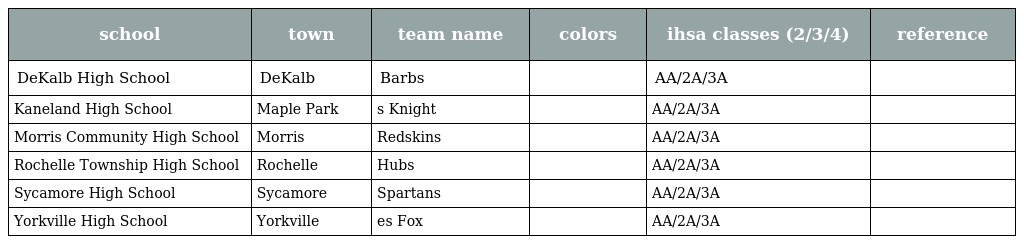
| school | town | team name | colors | ihsa classes (2/3/4) | reference |
 | --- | --- | --- | --- | --- | --- |
 | DeKalb High School | DeKalb | Barbs |  | AA/2A/3A |  |
 | Kaneland High School | Maple Park | s Knight |  | AA/2A/3A |  |
 | Morris Community High School | Morris | Redskins |  | AA/2A/3A |  |
 | Rochelle Township High School | Rochelle | Hubs |  | AA/2A/3A |  |
 | Sycamore High School | Sycamore | Spartans |  | AA/2A/3A |  |
 | Yorkville High School | Yorkville | es Fox |  | AA/2A/3A |  |